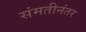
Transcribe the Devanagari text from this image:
संमतीनंतर